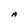
Character: A